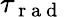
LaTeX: \tau_{\mathrm{~r~a~d~}}